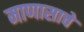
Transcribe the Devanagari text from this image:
माणासाचे